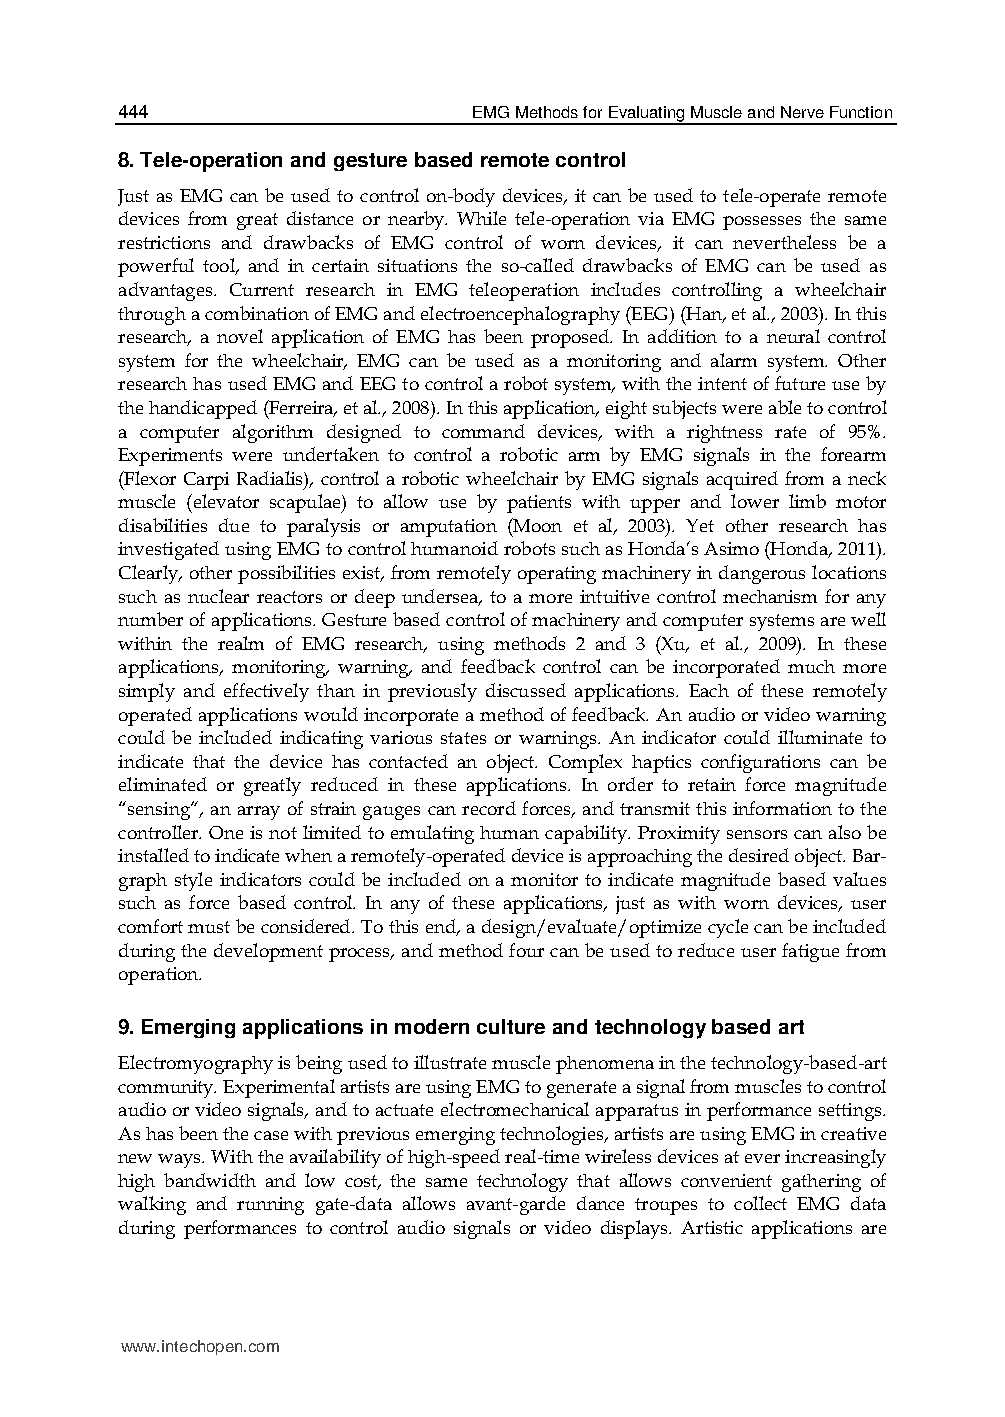
444                    EMG Methods for Evaluating Muscle and Nerve Function
 8. Tele-operation and gesture based remote control
 Just as EMG can be used to control on-body devices, it can be used to tele-operate remote
 devices from great distance or nearby. While tele-operation via EMG possesses the same
 restrictions and drawbacks of EMG control of worn devices, it can nevertheless be a
 powerful tool, and in certain situations the so-called drawbacks of EMG can be used as
 advantages. Current research in EMG teleoperation includes controlling a wheelchair
 through a combination of EMG and electroencephalography (EEG) (Han, et al., 2003). In this
 research, a novel application of EMG has been proposed. In addition to a neural control
 system for the wheelchair, EMG can be used as a monitoring and alarm system. Other
 research has used EMG and EEG to control a robot system, with the intent of future use by
 the handicapped (Ferreira, et al., 2008). In this application, eight subjects were able to control
 a computer algorithm designed to command devices, with a rightness rate of 95%.
 Experiments were undertaken to control a robotic arm by EMG signals in the forearm
 (Flexor Carpi Radialis), control a robotic wheelchair by EMG signals acquired from a neck
 muscle (elevator scapulae) to allow use by patients with upper and lower limb motor
 disabilities due to paralysis or amputation (Moon et al, 2003). Yet other research has
 investigated using EMG to control humanoid robots such as Honda’s Asimo (Honda, 2011).
 Clearly, other possibilities exist, from remotely operating machinery in dangerous locations
 such as nuclear reactors or deep undersea, to a more intuitive control mechanism for any
 number of applications. Gesture based control of machinery and computer systems are well
 within the realm of EMG research, using methods 2 and 3 (Xu, et al., 2009). In these
 applications, monitoring, warning, and feedback control can be incorporated much more
 simply and effectively than in previously discussed applications. Each of these remotely
 operated applications would incorporate a method of feedback. An audio or video warning
 could be included indicating various states or warnings. An indicator could illuminate to
 indicate that the device has contacted an object. Complex haptics configurations can be
 eliminated or greatly reduced in these applications. In order to retain force magnitude
 “sensing”, an array of strain gauges can record forces, and transmit this information to the
 controller. One is not limited to emulating human capability. Proximity sensors can also be
 installed to indicate when a remotely-operated device is approaching the desired object. Bar-
 graph style indicators could be included on a monitor to indicate magnitude based values
 such as force based control. In any of these applications, just as with worn devices, user
 comfort must be considered. To this end, a design/evaluate/optimize cycle can be included
 during the development process, and method four can be used to reduce user fatigue from
 operation.
 9. Emerging applications in modern culture and technology based art
 Electromyography is being used to illustrate muscle phenomena in the technology-based-art
 community. Experimental artists are using EMG to generate a signal from muscles to control
 audio or video signals, and to actuate electromechanical apparatus in performance settings.
 As has been the case with previous emerging technologies, artists are using EMG in creative
 new ways. With the availability of high-speed real-time wireless devices at ever increasingly
 high bandwidth and low cost, the same technology that allows convenient gathering of
 walking and running gate-data allows avant-garde dance troupes to collect EMG data
 during performances to control audio signals or video displays. Artistic applications are
 www.intechopen.com